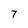
Character: 7